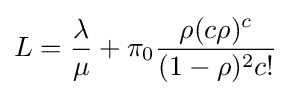
L={\frac {\lambda }{\mu }}+\pi _{0}{\frac {\rho (c\rho )^{c}}{(1-\rho )^{2}c!}}